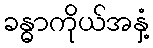
ခန္ဓာကိုယ်အနှံ့